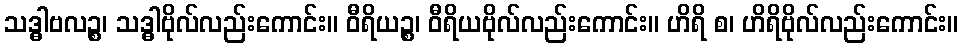
သဒ္ဓါဗလဉ္စ၊ သဒ္ဓါဗိုလ်လည်းကောင်း။ ဝီရိယဉ္စ၊ ဝီရိယဗိုလ်လည်းကောင်း။ ဟိရိ စ၊ ဟိရိဗိုလ်လည်းကောင်း။